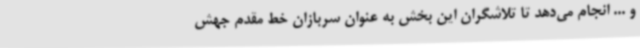
و ... انجام می‌دهد تا تلاشگران این بخش به عنوان سربازان خط مقدم جهش